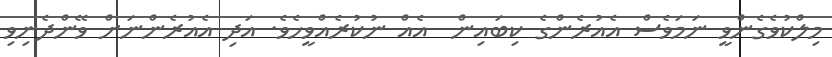
މިލްކުވެގެންވީ ނަމަވެސް އެއުރެންގެ ކިބައިން  އެއް ނުކުރެއްވީހެވެ. އަދި އެއުރެންނަށް ވޭންދެނިވި